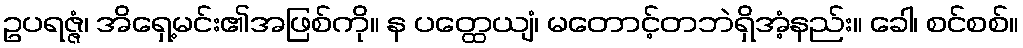
ဥပရဇ္ဇံ၊ အိရှေ့မင်း၏အဖြစ်ကို။ န ပတ္ထေယျံ၊ မတောင့်တဘဲရှိအံ့နည်း။ ခေါ၊ စင်စစ်။